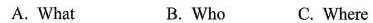
A. What B. Who C. Where